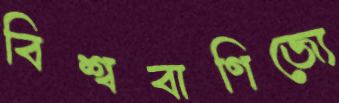
বিশ্ববাণিজ্যে